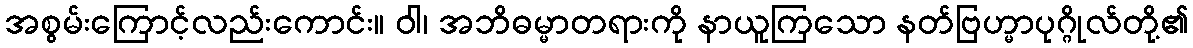
အစွမ်းကြောင့်လည်းကောင်း။ ဝါ၊ အဘိဓမ္မာတရားကို နာယူကြသော နတ်ဗြဟ္မာပုဂ္ဂိုလ်တို့၏